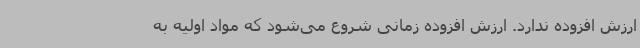
ارزش افزوده ندارد. ارزش افزوده زمانی شروع می‌شود که مواد اولیه به